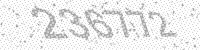
Solution: 236772